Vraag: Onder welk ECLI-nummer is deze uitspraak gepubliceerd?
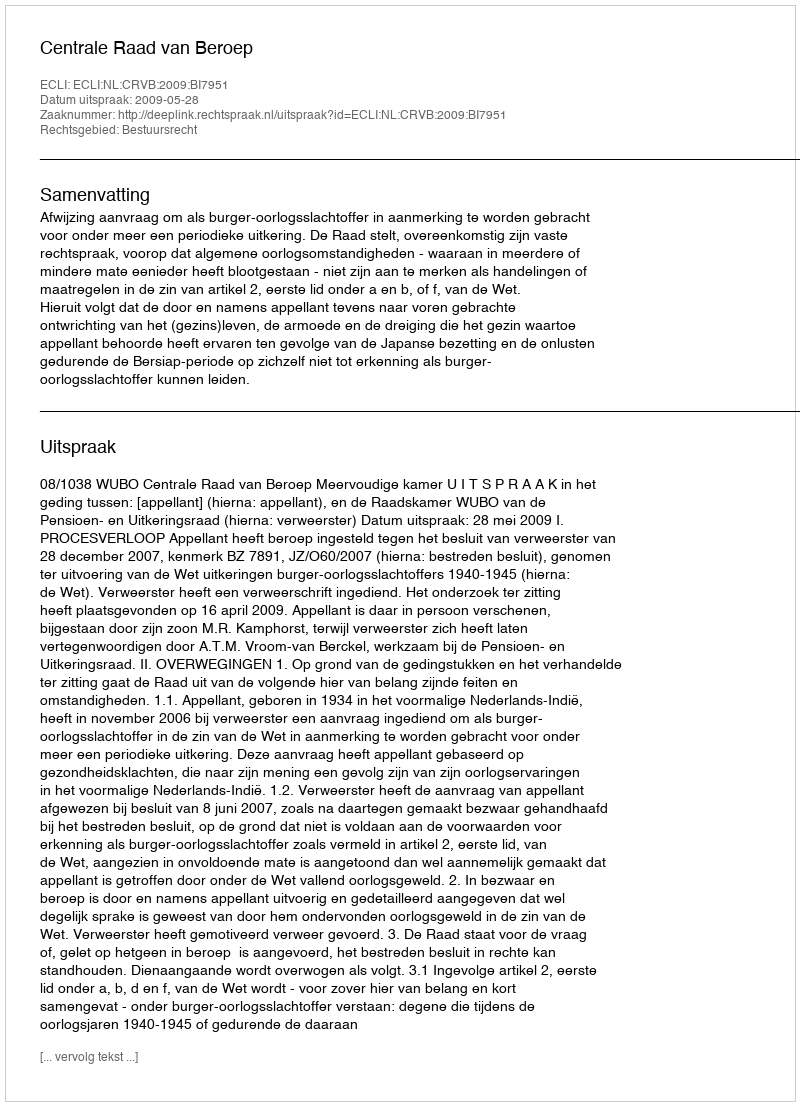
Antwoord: ECLI:NL:CRVB:2009:BI7951